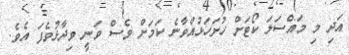
އަދި މި މައްސަލަ ކޯޓަށް ހުށަހަޅުއްވާނެ ކަމަށް ވެސް ވަނީ ވިދާޅުވެފަ އެވެ.